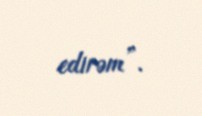
edirəm”.